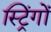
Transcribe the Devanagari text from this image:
स्ट्रिंगों